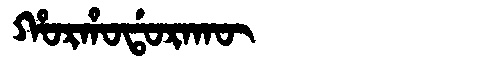
Manchu: ᡥᠣᡵᡥᠣᡩᠣᡵᠠᡴᡡ
Romanization: HORHODORAKŪ